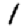
Digit: 1